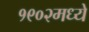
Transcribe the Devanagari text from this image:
१९०२मध्ये